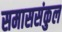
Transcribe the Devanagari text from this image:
समाससंकुल